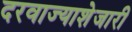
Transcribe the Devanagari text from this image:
दरवाज्याशेजारी